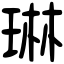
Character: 琳